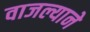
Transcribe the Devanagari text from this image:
वाजल्याने